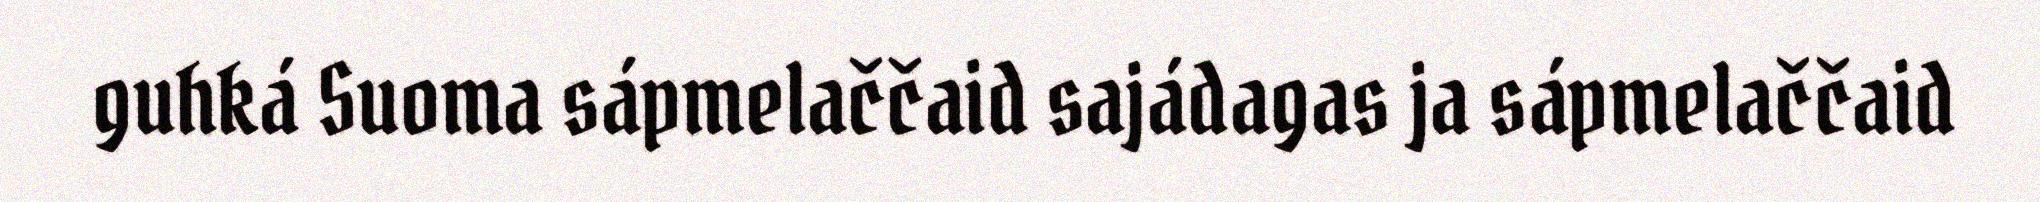
guhká Suoma sápmelaččaid sajádagas ja sápmelaččaid